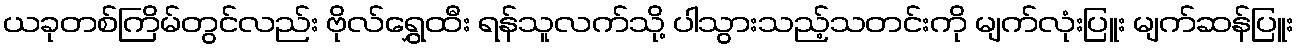
ယခုတစ်ကြိမ်တွင်လည်း ဗိုလ်ရွှေထီး ရန်သူလက်သို့ ပါသွားသည့်သတင်းကို မျက်လုံးပြူး မျက်ဆန်ပြူး